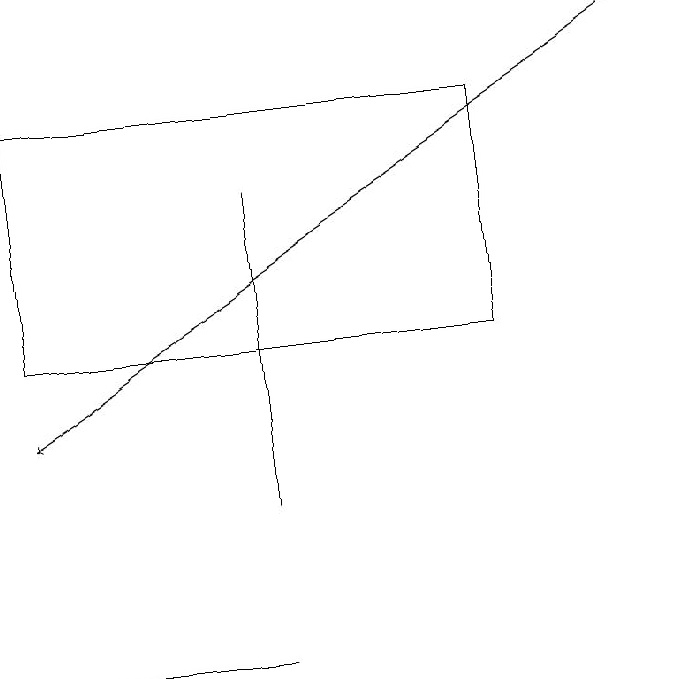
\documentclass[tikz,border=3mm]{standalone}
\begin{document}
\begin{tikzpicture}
\draw (3,17) rectangle (3,13);
\draw (0,11) rectangle (3,11);
\draw[->] (8,19) -- (0,14);
\draw (0,18) rectangle (6,15);
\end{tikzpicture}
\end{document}